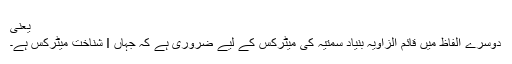
یعنی
دوسرے الفاظ میں قائم الزاویہ بنیاد سمتیہ کی میٹرکس کے لیے ضروری ہے کہ جہاں I شناخت میٹرکس ہے۔